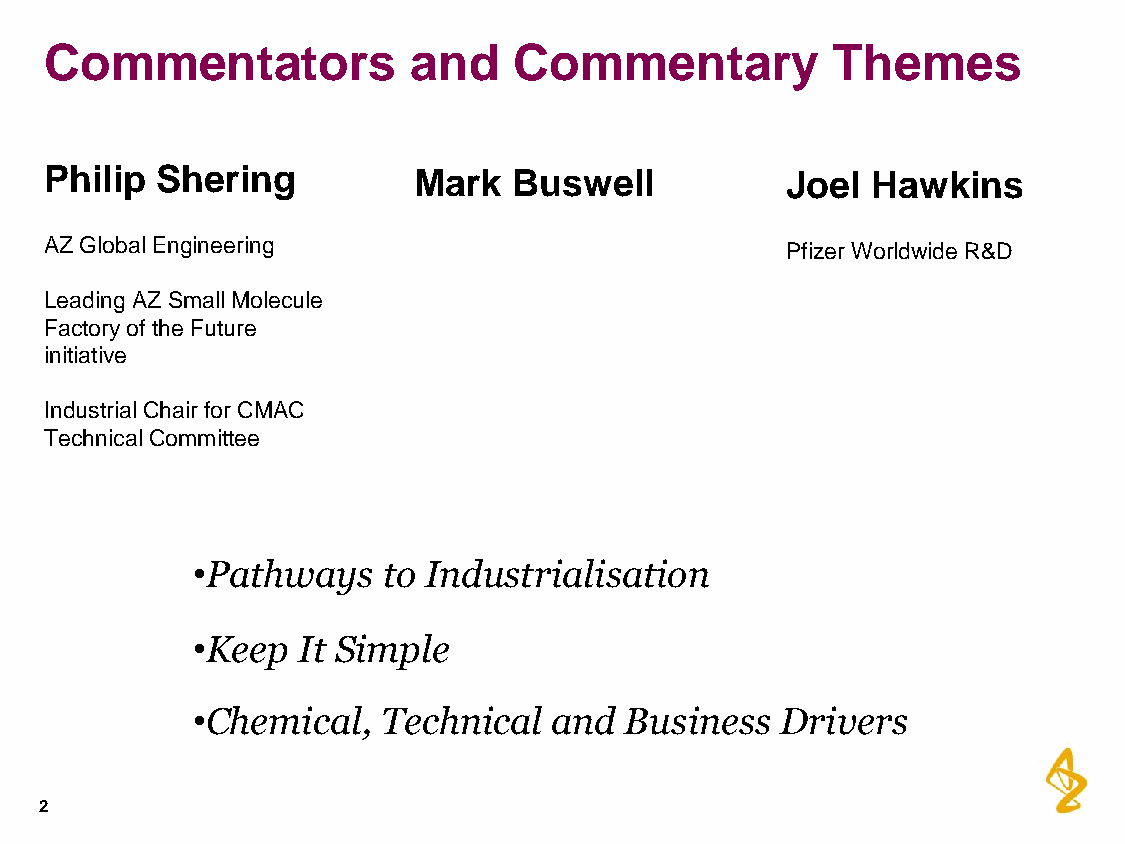
Commentators            and    Commentary           Themes
 Philip Shering          Mark   Buswell           Joel  Hawkins
 AZ Global Engineering                            Pfizer Worldwide R&D
 Leading AZ Small Molecule
 Factory of the Future
 initiative
 Industrial Chair for CMAC
 Technical Committee
 •Pathways   to Industrialisation
 •Keep  It Simple
 •Chemical,  Technical  and  Business   Drivers
 2